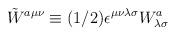
LaTeX: \begin{align*}\tilde W^{a\mu\nu} \equiv (1/2)\epsilon^{\mu\nu\lambda\sigma} W^a_{\lambda\sigma}\end{align*}